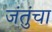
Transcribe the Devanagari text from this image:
जंतुंचा